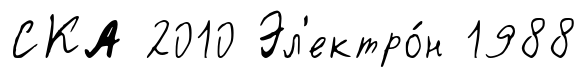
СКА 2010 Эл'ектро́н 1988